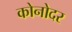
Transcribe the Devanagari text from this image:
कोनोदर